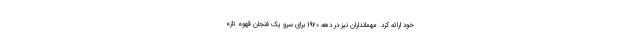
خود ارائه کرد. مهمانداران نیز در دهه 1920 برای سرو یک فنجان قهوه تازه